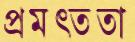
প্রমত্ততা